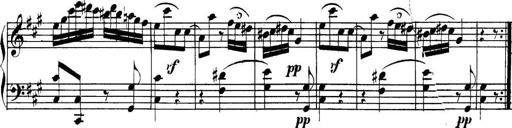
Title: Collected Piano Sonatas
Composer: Muzio Clementi